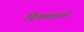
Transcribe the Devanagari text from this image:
चित्रणवाली